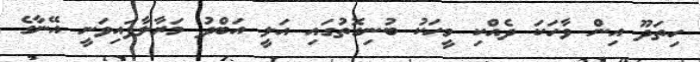
ހިތަދޫ އިން ވާހަކަ ދެއްކި މީހަކު ބުނިގޮތުގައި އަލީ އަބްދު މަރާލާފައިވަނީ އޭނާގެ